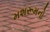
મશરૂમનો